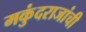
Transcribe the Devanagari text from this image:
मकुंदराजांची